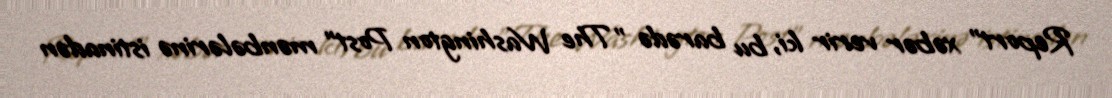
Report" xəbər verir ki, bu barədə "The Washington Post" mənbələrinə istinadən